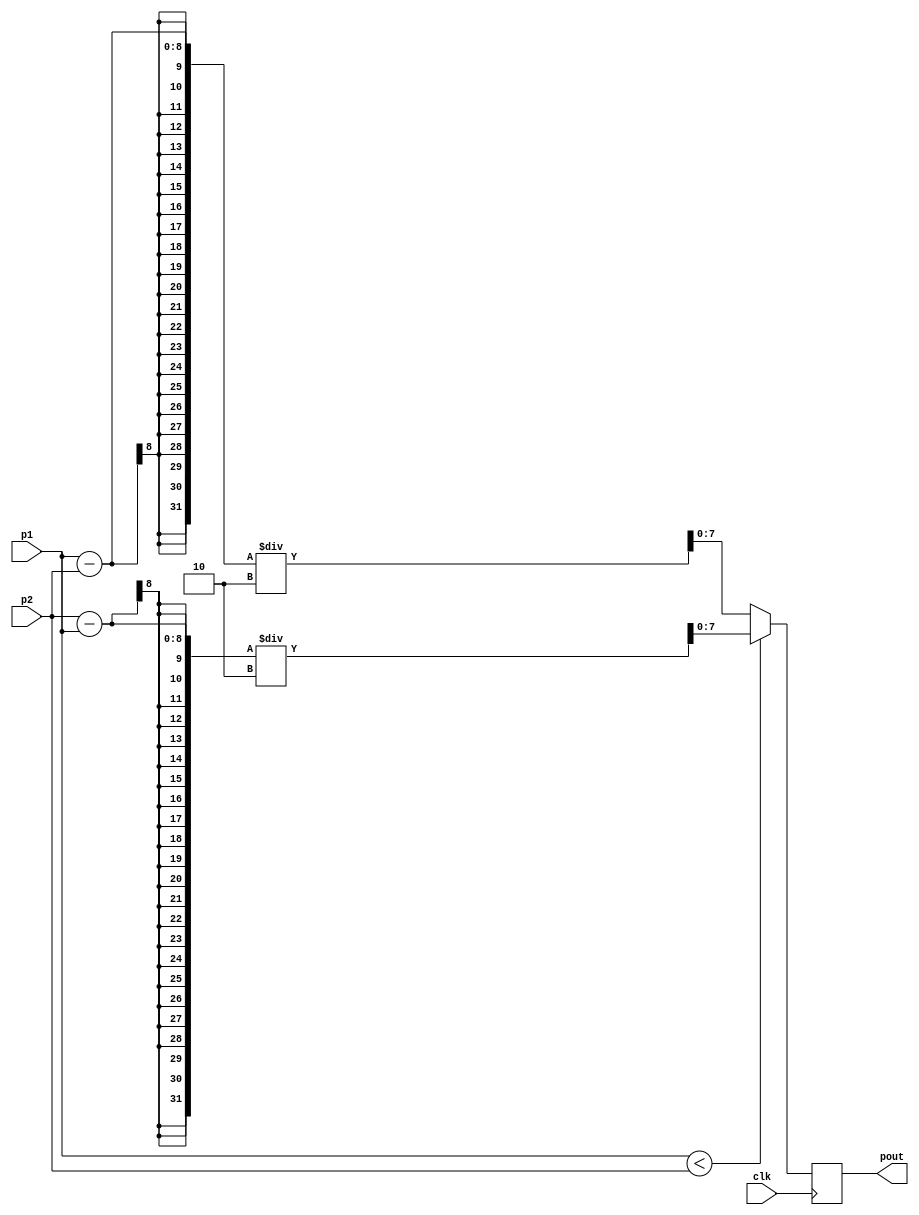
module subtract(input clk, input [7:0]p1, input [7:0]p2, output reg [7:0]pout);

reg [7:0] out_int;

always@(posedge clk)
begin
	if(p1<p2)
	  begin 
	   //out_int = p2[7:0] - p1[7:0];
      pout = (p2[7:0] - p1[7:0])/2 ;
	  end
	
	else
	  begin
		//out_int =  p1[7:0] -  p2[7:0]; 
		pout = (p1[7:0] -  p2[7:0])/2 ;
     end
	
end 

endmodule


//module HighPassFilter4Bit (
//  input clk,
//  input reset,
//  input signed [3:0] data_in,
//  output reg signed [3:0] data_out
//);
//
//  // Coefficients for the high-pass filter
//  parameter signed [3:0] COEFF_A = 4'b1000;
//  parameter signed [3:0] COEFF_B = -4'b0111;
//
//  // Internal registers
//  reg signed [3:0] delay_1;
//  reg signed [3:0] delay_2;
//  reg signed [3:0] delay_3;
//
//  always @(posedge clk or posedge reset) begin
//    if (reset) begin
//      // Reset the filter
//      delay_1 <= 4'b0;
//      delay_2 <= 4'b0;
//      delay_3 <= 4'b0;
//    end else begin
//      // Perform the high-pass filtering
//      delay_1 <= data_in;
//      delay_2 <= delay_1 - delay_3;
//      delay_3 <= (delay_2 * COEFF_A) + (delay_3 * COEFF_B);
//      data_out <= delay_2;
//    end
//  end
//
//endmodule
//
//module HighPassFilter (
//  input clk,
//  input reset,
//  input signed [7:0] data_in,
//  output reg signed [7:0] data_out
//);
//
//  // Coefficients for the high-pass filter
//  parameter signed [7:0] COEFF_A = 4'b1000;
//  parameter signed [7:0] COEFF_B = -4'b0111;
//
//  // Internal registers
//  reg signed [7:0] delay_1;
//  reg signed [7:0] delay_2;
//  reg signed [7:0] delay_3;
//
//  always @(posedge clk or posedge reset) begin
//    if (reset) begin
//      // Reset the filter
//      delay_1 <= 8'b0;
//      delay_2 <= 8'b0;
//      delay_3 <= 8'b0;
//    end else begin
//      // Perform the high-pass filtering
//      delay_1 <= data_in;
//      delay_2 <= delay_1 - delay_3;
//      delay_3 <= (delay_2 * COEFF_A) + (delay_3 * COEFF_B);
//      data_out <= delay_2;
//    end
//  end
//
//endmodule
////always@(posedge clk)
////begin
////	if(p1<p2) begin 
////	
////	pout = {1'b0 , p2[7:1]} - {1'b0 , p1[7:1]}; end
////	else
////		pout = {1'b0 , p1[7:1]} - {1'b0 , p2[7:1]}; 
////
////	
////end